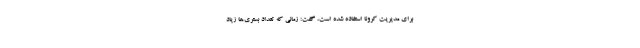
برای مدیریت کرونا استفاده شده است، گفت: زمانی که تعداد بستری‌ها زیاد